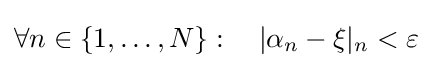
\forall n\in \{1,\ldots ,N\}:\quad |\alpha _{n}-\xi |_{n}<\varepsilon